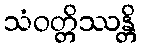
သံဝတ္တိဿန္တိ